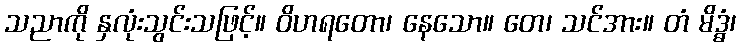
သညာကို နှလုံးသွင်းသဖြင့်။ ဝိဟရတော၊ နေသော။ တေ၊ သင်အား။ တံ မိဒ္ဓံ၊